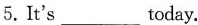
5.It's___today.